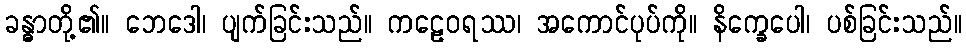
ခန္ဓာတို့၏။ ဘေဒေါ၊ ပျက်ခြင်းသည်။ ကဠေဝရဿ၊ အကောင်ပုပ်ကို။ နိက္ခေပေါ၊ ပစ်ခြင်းသည်။